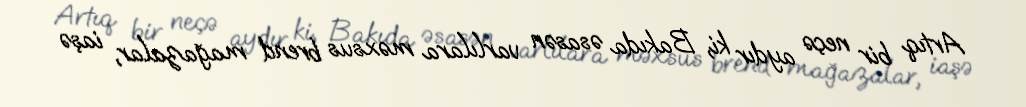
Artıq bir neçə aydır ki, Bakıda əsasən varlılara məxsus brend mağazalar, iaşə